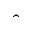
\hat { \ }